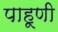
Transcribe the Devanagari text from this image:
पाहूणी